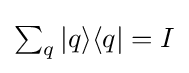
{\textstyle \sum _{q}|q\rangle \langle q|=I}